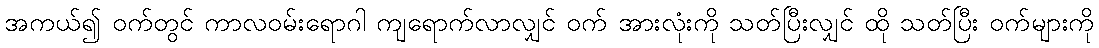
အကယ်၍ ဝက်တွင် ကာလဝမ်းရောဂါ ကျရောက်လာလျှင် ဝက် အားလုံးကို သတ်ပြီးလျှင် ထို သတ်ပြီး ဝက်များကို